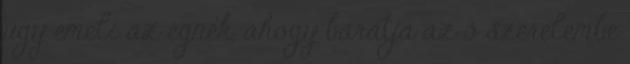
úgy emeli az égnek, ahogy barátja az ő szerelembe